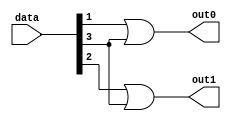

//____________________________________Dataflow modeling
module encoder_4to2(data,out0,out1);
	input [3:0] data;
    output out0, out1;

    assign out0 = data[1] | data[3];
    assign out1 = data[2] | data[3];
	

endmodule 

/*
//___________________________________Behavioral Modeiling
module encoder_4to2(data,out0,out1);
	input [3:0] data;
    output reg out0, out1;
	
	always@(data)
    	begin
		out0 = data[1] | data[3];
        out1 = data[2] | data[3];
	    end
endmodule

//____________________________________Gatelevel Modeling

module encoder_4to2(data,out0,out1);
	input [3:0] data;
    output out0, out1;
    
	or or1(out0, data[1], data[3]),
	   or2(out1, data[2], data[3]);

endmodule 

*/